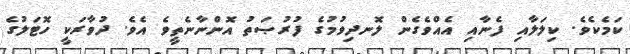
ކަމެކެވެ. ކިލަލާއި ފެނާއި އެއްވެގެން ލޮނދިވުމުގެ ފުރުޞަތު އޮންނާނެތީވެ އެވެ. ދުވާރަކީ ހޮޓަލުގެ